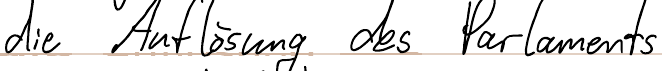
die Auflösung des Parlaments